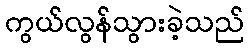
ကွယ်လွန်သွားခဲ့သည်